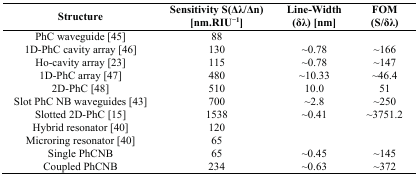
<table><thead><tr><td><b>Structure</b></td><td><b>Sensitivity S(Δλ/Δn) [nm.RIU<sup>−1</sup>]</b></td><td><b>Line-Width (δλ) [nm]</b></td><td><b>FOM (S/δλ)</b></td></tr></thead><tbody><tr><td>PhC waveguide [45]</td><td>88</td><td></td><td></td></tr><tr><td>1D-PhC cavity array [46]</td><td>130</td><td>~0.78</td><td>~166</td></tr><tr><td>Ho-cavity array [23]</td><td>115</td><td>~0.78</td><td>~147</td></tr><tr><td>1D-PhC array [47]</td><td>480</td><td>~10.33</td><td>~46.4</td></tr><tr><td>2D-PhC [48]</td><td>510</td><td>10.0</td><td>51</td></tr><tr><td>Slot PhC NB waveguides [43]</td><td>700</td><td>~2.8</td><td>~250</td></tr><tr><td>Slotted 2D-PhC [15]</td><td>1538</td><td>~0.41</td><td>~3751.2</td></tr><tr><td>Hybrid resonator [40]</td><td>120</td><td></td><td></td></tr><tr><td>Microring resonator [40]</td><td>65</td><td></td><td></td></tr><tr><td>Single PhCNB</td><td>65</td><td>~0.45</td><td>~145</td></tr><tr><td>Coupled PhCNB</td><td>234</td><td>~0.63</td><td>~372</td></tr></tbody></table>